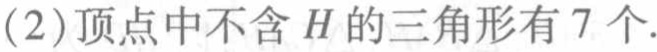
(2)顶点中不含\(H\)的三角形有\(7\)个.